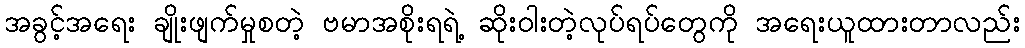
အခွင့်အရေး ချိုးဖျက်မှုစတဲ့ ဗမာအစိုးရရဲ့ ဆိုးဝါးတဲ့လုပ်ရပ်တွေကို အရေးယူထားတာလည်း